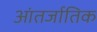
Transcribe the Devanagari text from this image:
आंतर्जातिक